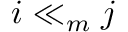
i \ll _ { m } j